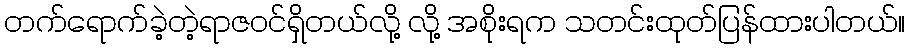
တက်ရောက်ခဲ့တဲ့ရာဇဝင်ရှိတယ်လို့ လို့ အစိုးရက သတင်းထုတ်ပြန်ထားပါတယ်။